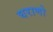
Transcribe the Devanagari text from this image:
घराणो